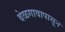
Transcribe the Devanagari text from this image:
बेळगावापासून